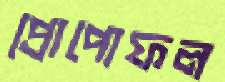
প্রোপোফল